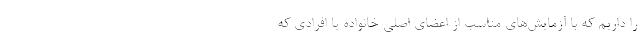
را داریم که با آزمایش‌های مناسب از اعضای اصلی خانواده یا افرادی که